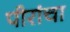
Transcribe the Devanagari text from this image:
पीरांचा